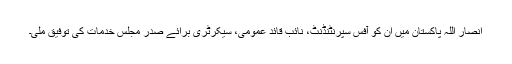
انصار اللہ پاکستان میں ان کو آفس سپرنٹنڈنٹ، نائب قائد عمومی، سیکرٹری برائے صدر ِمجلس خدمات کی توفیق ملی۔